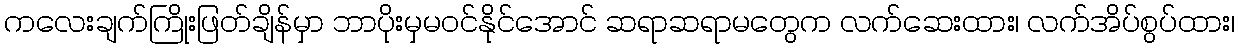
ကလေးချက်ကြိုးဖြတ်ချိန်မှာ ဘာပိုးမှမဝင်နိုင်အောင် ဆရာဆရာမတွေက လက်ဆေးထား၊ လက်အိပ်စွပ်ထား၊